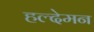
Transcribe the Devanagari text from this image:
हल्देमन